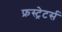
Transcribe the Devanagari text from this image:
फ्रस्ट्रेटर्स